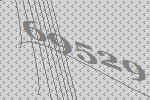
69529